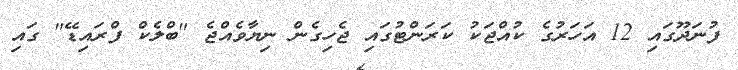
ފުނަދޫގައި 12 އަހަރުގެ ކުއްޖަކު ކަރަންޓުގައި ޖެހިގެން ނިޔާވެއްޖެ "ބްލެކް ފްރައިޑޭ" ގައި